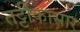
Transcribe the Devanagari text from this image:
तट्टीकासार